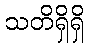
သတိရှိရှိ